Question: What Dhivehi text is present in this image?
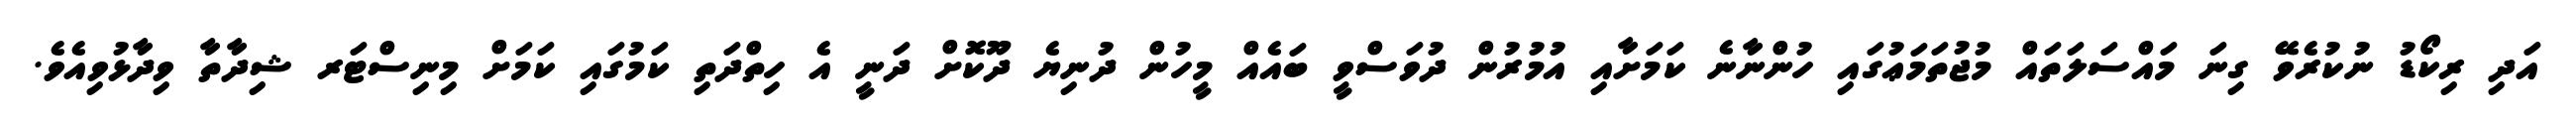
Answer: އަދި ރިކޯޑު ނުކުރެވޭ ގިނަ މައްސަލަތައް މުޖުތަމަޢުގައި ހުންނާނެ ކަމަށާއި އުމުރުން ދުވަސްވީ ބައެއް މީހުން ދުނިޔެ ދޫކޮށް ދަނީ އެ ހިތްދަތި ކަމުގައި ކަމަށް މިނިސްޓަރ ޝިދާތާ ވިދާޅުވިއެވެ.